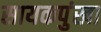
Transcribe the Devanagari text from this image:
सायकपुंखा